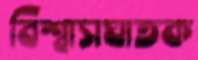
বিশ্বাসঘাতক